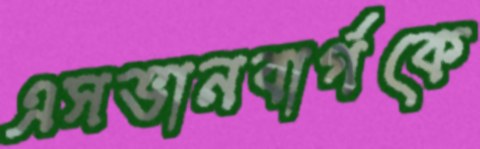
এসভানবার্গকে